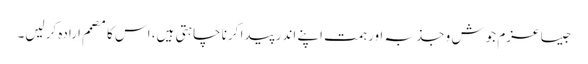
جیسا عزم جوش و جذبہ اور ہمت اپنے اندر پیدا کرنا چاہتی ہیں، اس کا مصمم اِرادہ کرلیں۔